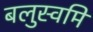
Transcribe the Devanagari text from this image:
बलुस्वमि